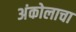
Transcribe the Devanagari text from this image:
अंकोलाचा